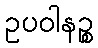
ဥပဝါနဉ္စ